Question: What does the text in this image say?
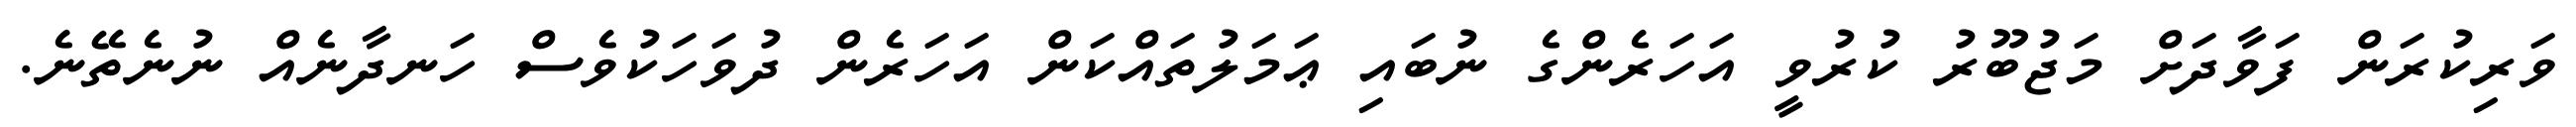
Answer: ވަރިކުރަން ފަވާދަށް މަޖުބޫރު ކުރުވީ އަހަރެންގެ ނުބައި ޢަމަލުތައްކަން އަހަރެން ދުވަހަކުވެސް ހަނދާނެއް ނުނެތޭނެ.